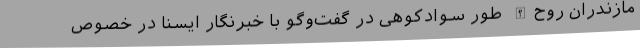
مازندران روح‌الله طور سوادکوهی در گفت‌وگو با خبرنگار ایسنا در خصوص